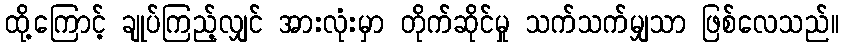
ထို့ကြောင့် ချုပ်ကြည့်လျှင် အားလုံးမှာ တိုက်ဆိုင်မှု သက်သက်မျှသာ ဖြစ်လေသည်။